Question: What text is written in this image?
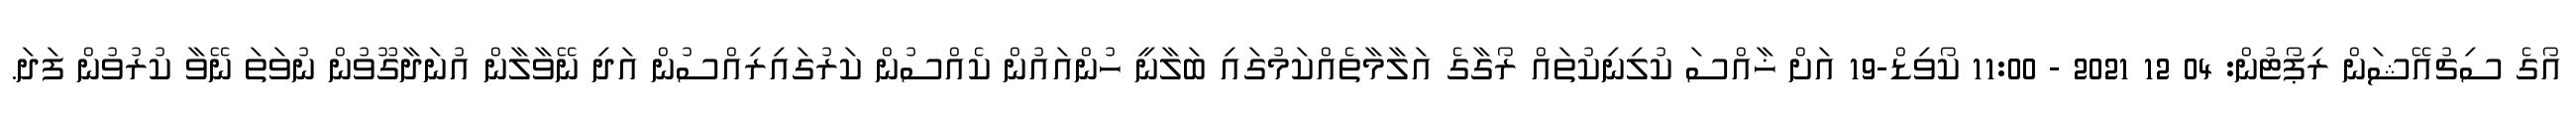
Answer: އޯގެ ސިޗުއޭޝަން ރިޕޯޓުން: 04 12 2021 - 11:00 ކޯވިޑް-19 އަށް ޚާއްސަ ކުލިނިކުތައް ރޯގާގެ އަލާމާތެއްކަމުގައި ބަލާނީ ހުންއައުން ކެއްސުން ކަރުގައިރިއްސުން އަދި ނޭވާލާން އުނަދާގޫވުން ނުވަތަ ނޭވާ ކުރުވުން ފަދަ.